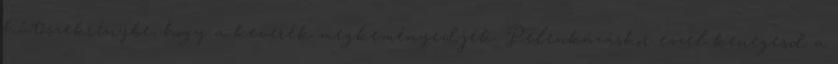
hűtőszekrénybe, hogy a keverék megkeményedjék. Pelenkázáskor ezzel kenegesd a